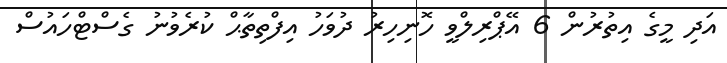
އަދި މީގެ އިތުރުން 6 އޭޕްރިލްވީ ހޮނިހިރު ދުވަހު އިފްތިތާޙް ކުރެވުނު ގެސްޓްހައުސް